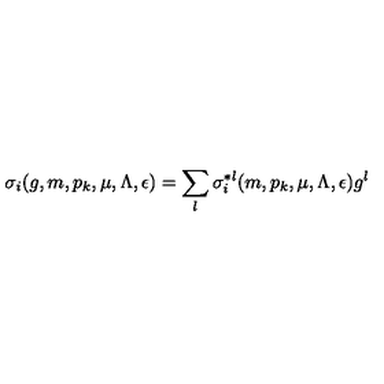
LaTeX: \sigma _ { i } ( g , m , p _ { k } , \mu , \Lambda , \epsilon ) = \sum _ { l } \sigma _ { i } ^ { * l } ( m , p _ { k } , \mu , \Lambda , \epsilon ) g ^ { l } ~